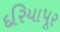
દરિયાપૂર